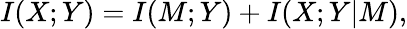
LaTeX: I(X;Y)=I(M;Y)+I(X;Y\vert M),